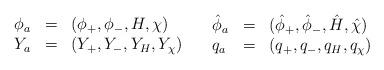
LaTeX: \begin{align*}\begin{array}{lcl}\phi_a &= & ( \phi_+,\phi_-, H, \chi) \\ Y_a &= & ( Y_+,Y_-, Y_H, Y_\chi) \end{array}\quad \begin{array}{lcl}\hat \phi_a &= & ( \hat \phi_+,\hat \phi_-, \hat H, \hat\chi) \\ q_a &= & ( q_+,q_-, q_H, q_\chi) \end{array}\end{align*}